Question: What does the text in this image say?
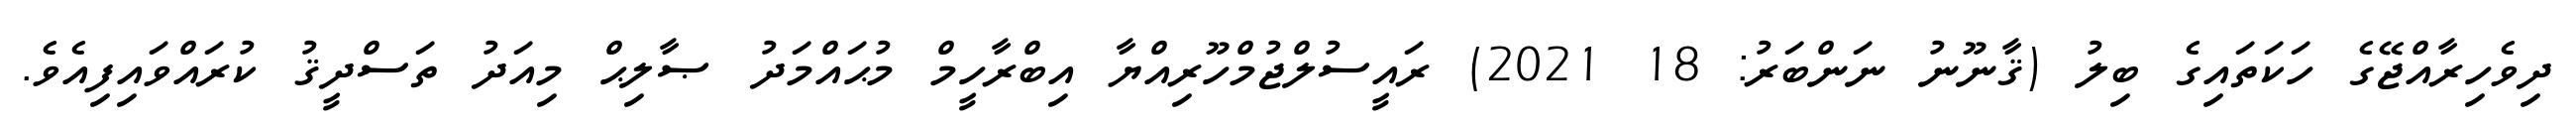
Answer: ދިވެހިރާއްޖޭގެ ހަކަތައިގެ ބިލު (ޤާނޫނު ނަންބަރު: 18 2021) ރައީސުލްޖުމްހޫރިއްޔާ އިބްރާހީމް މުޙައްމަދު ޞާލިޙް މިއަދު ތަސްދީޤު ކުރައްވައިފިއެވެ.